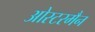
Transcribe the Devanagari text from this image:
ओस्टरमैन